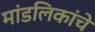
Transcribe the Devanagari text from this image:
मांडलिकांचे